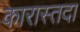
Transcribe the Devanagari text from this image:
कारास्तदा